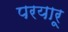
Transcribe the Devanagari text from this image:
परयारू